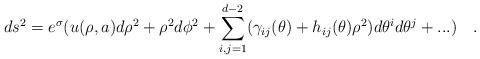
LaTeX: \begin{align*}ds^2=e^{\sigma}( u(\rho,a)d\rho^2+\rho^2d\phi^2 +\sum_{i,j=1}^{d-2}(\gamma_{ij}(\theta)+h_{ij}(\theta)\rho^2)d\theta^id\theta^j + ...)~~~.\end{align*}